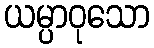
ယမ္ပာဝုသော